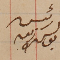
رئيس يوسف زينه